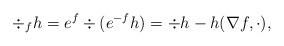
LaTeX: \begin{align*}\div_f h=e^{f}\div( e^{-f} h)=\div h-h (\nabla f, \cdot),\end{align*}